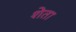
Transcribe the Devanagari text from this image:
शेता